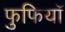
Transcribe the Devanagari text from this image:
फुफियाॅ